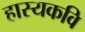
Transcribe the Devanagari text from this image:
हास्यकवि